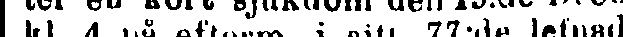
ter en kort sjukdom den 19:de Decemb.